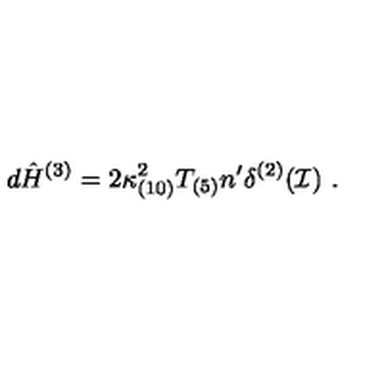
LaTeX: d { \hat { H } } ^ { ( 3 ) } = 2 \kappa _ { ( 1 0 ) } ^ { 2 } T _ { ( 5 ) } n ^ { \prime } \delta ^ { ( 2 ) } ( { \cal I } ) \ .